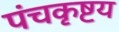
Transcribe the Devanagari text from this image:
पंचकृष्टय